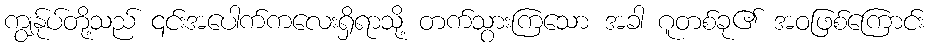
ကျွန်ုပ်တို့သည် ၎င်းအပေါက်ကလေးရှိရာသို့ တက်သွားကြသော အခါ ဂူတစ်ခု၏ အဝဖြစ်ကြောင်း